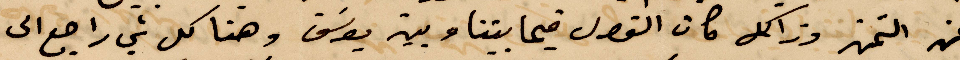
عن التمن وذلك كان الفصل فيما بيننا وبين يوسف وهنا كل شي راجع الى